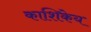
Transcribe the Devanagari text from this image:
काशिकेय